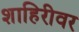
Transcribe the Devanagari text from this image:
शाहिरीवर